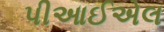
પીઆઈએલ